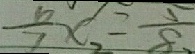
\frac { 6 } { 7 } x _ { 2 } = \frac { 5 } { 8 、 }